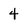
Character: 4